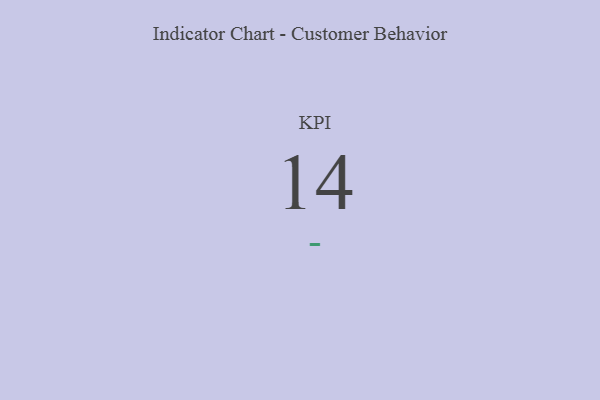
{"axis": {"x": "KPI", "y": "Value"}, "legend": [""], "data": [{"x": "KPI", "y": 14, "type": ""}]}